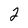
Character: 2